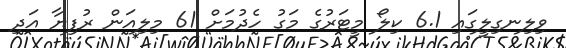
ވިލިނގިލީގައި 6.1 ކިލޯ މީޓަރުގެ މަގު ހެދުމަށް 61 މިލިއަން ރުފިޔާ އަދި